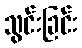
သွင်းခြင်း